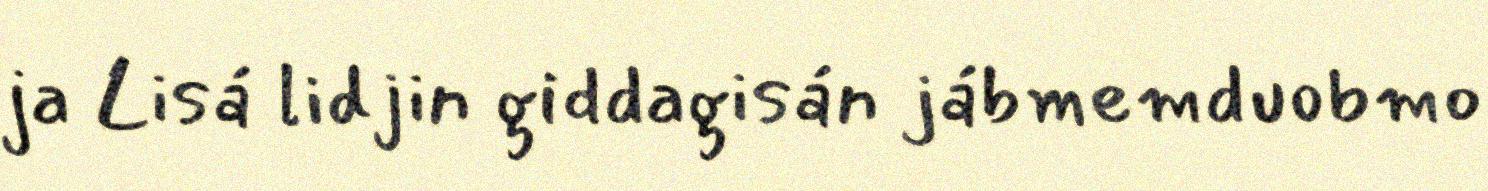
ja Lisá lidjin giddagisán jábmemduobmo